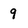
Character: 9